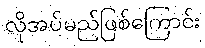
လိုအပ်မည်ဖြစ်ကြောင်း